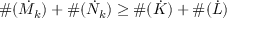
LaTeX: \# ( \dot { M } _ { k } ) + \# ( \dot { N } _ { k } ) \geq \# ( \dot { K } ) + \# ( \dot { L } )